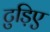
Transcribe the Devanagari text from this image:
टुड़िए